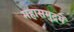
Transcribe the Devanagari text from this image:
महासमुद्रमें